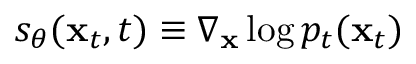
s _ { \theta } ( \mathbf { x } _ { t } , t ) \equiv \nabla _ { \mathbf { x } } \log p _ { t } ( \mathbf { x } _ { t } )